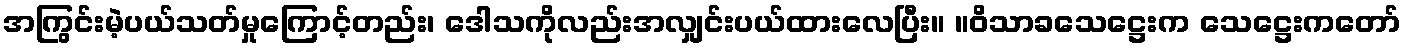
အကြွင်းမဲ့ပယ်သတ်မှုကြောင့်တည်း၊ ဒေါသကိုလည်းအလျှင်းပယ်ထားလေပြီး။ ။ဝိသာခသေဋ္ဌေးက သေဋ္ဌေးကတော်